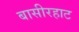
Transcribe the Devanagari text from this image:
बासीरहाट